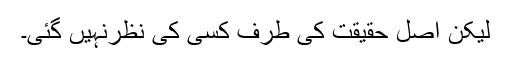
لیکن اصل حقیقت کی طرف کسی کی نظرنہیں گئی۔